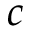
c